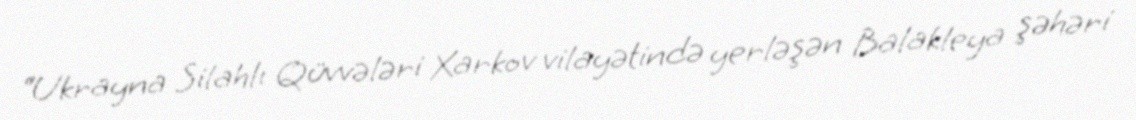
“Ukrayna Silahlı Qüvvələri Xarkov vilayətində yerləşən Balakleya şəhəri